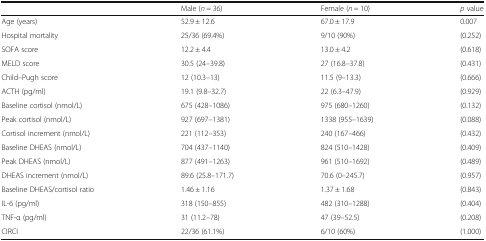
|  | Male (n = 36) | Female (n = 10) | p value |
 | --- | --- | --- | --- |
 | Age (years) | 52.9 ± 12.6 | 67.0 ± 17.9 | 0.007 |
 | Hospital mortality | 25/36 (69.4%) | 9/10 (90%) | (0.252) |
 | SOFA score | 12.2 ± 4.4 | 13.0 ± 4.2 | (0.618) |
 | MELD score | 30.5 (24–39.8) | 27 (16.8–37.8) | (0.431) |
 | Child–Pugh score | 12 (10.3–13) | 11.5 (9–13.3) | (0.666) |
 | ACTH (pg/ml) | 19.1 (9.8–32.7) | 22 (6.3–47.9) | (0.929) |
 | Baseline cortisol (nmol/L) | 675 (428–1086) | 975 (680–1260) | (0.132) |
 | Peak cortisol (nmol/L) | 927 (697–1381) | 1338 (955–1639) | (0.088) |
 | Cortisol increment (nmol/L) | 221 (112–353) | 240 (167–466) | (0.432) |
 | Baseline DHEAS (nmol/L) | 704 (437–1140) | 824 (510–1428) | (0.409) |
 | Peak DHEAS (nmol/L) | 877 (491–1263) | 961 (510–1692) | (0.489) |
 | DHEAS increment (nmol/L) | 89.6 (25.8–171.7) | 70.6 (0–245.7) | (0.957) |
 | Baseline DHEAS/cortisol ratio | 1.46 ± 1.16 | 1.37 ± 1.68 | (0.843) |
 | IL-6 (pg/ml) | 318 (150–855) | 482 (310–1288) | (0.404) |
 | TNF-α (pg/ml) | 31 (11.2–78) | 47 (39–52.5) | (0.208) |
 | CIRCI | 22/36 (61.1%) | 6/10 (60%) | (1.000) |